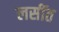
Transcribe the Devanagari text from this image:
लसींत